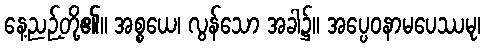
နေ့ညဉ့်တို့၏။ အစ္စယေ၊ လွန်သော အခါ၌။ အပ္ပေဝနာမပေဿမု၊